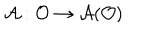
LaTeX: \mathcal { A } : \mathcal { O } \rightarrow \mathcal { A ( O ) }